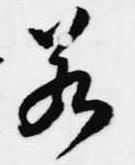
若